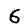
Digit: 6